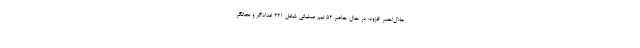
هلال‌احمر افزود: در حال حاضر ۵۲ تیم عملیاتی شامل ۲۲۱ امدادگر و نجاتگر